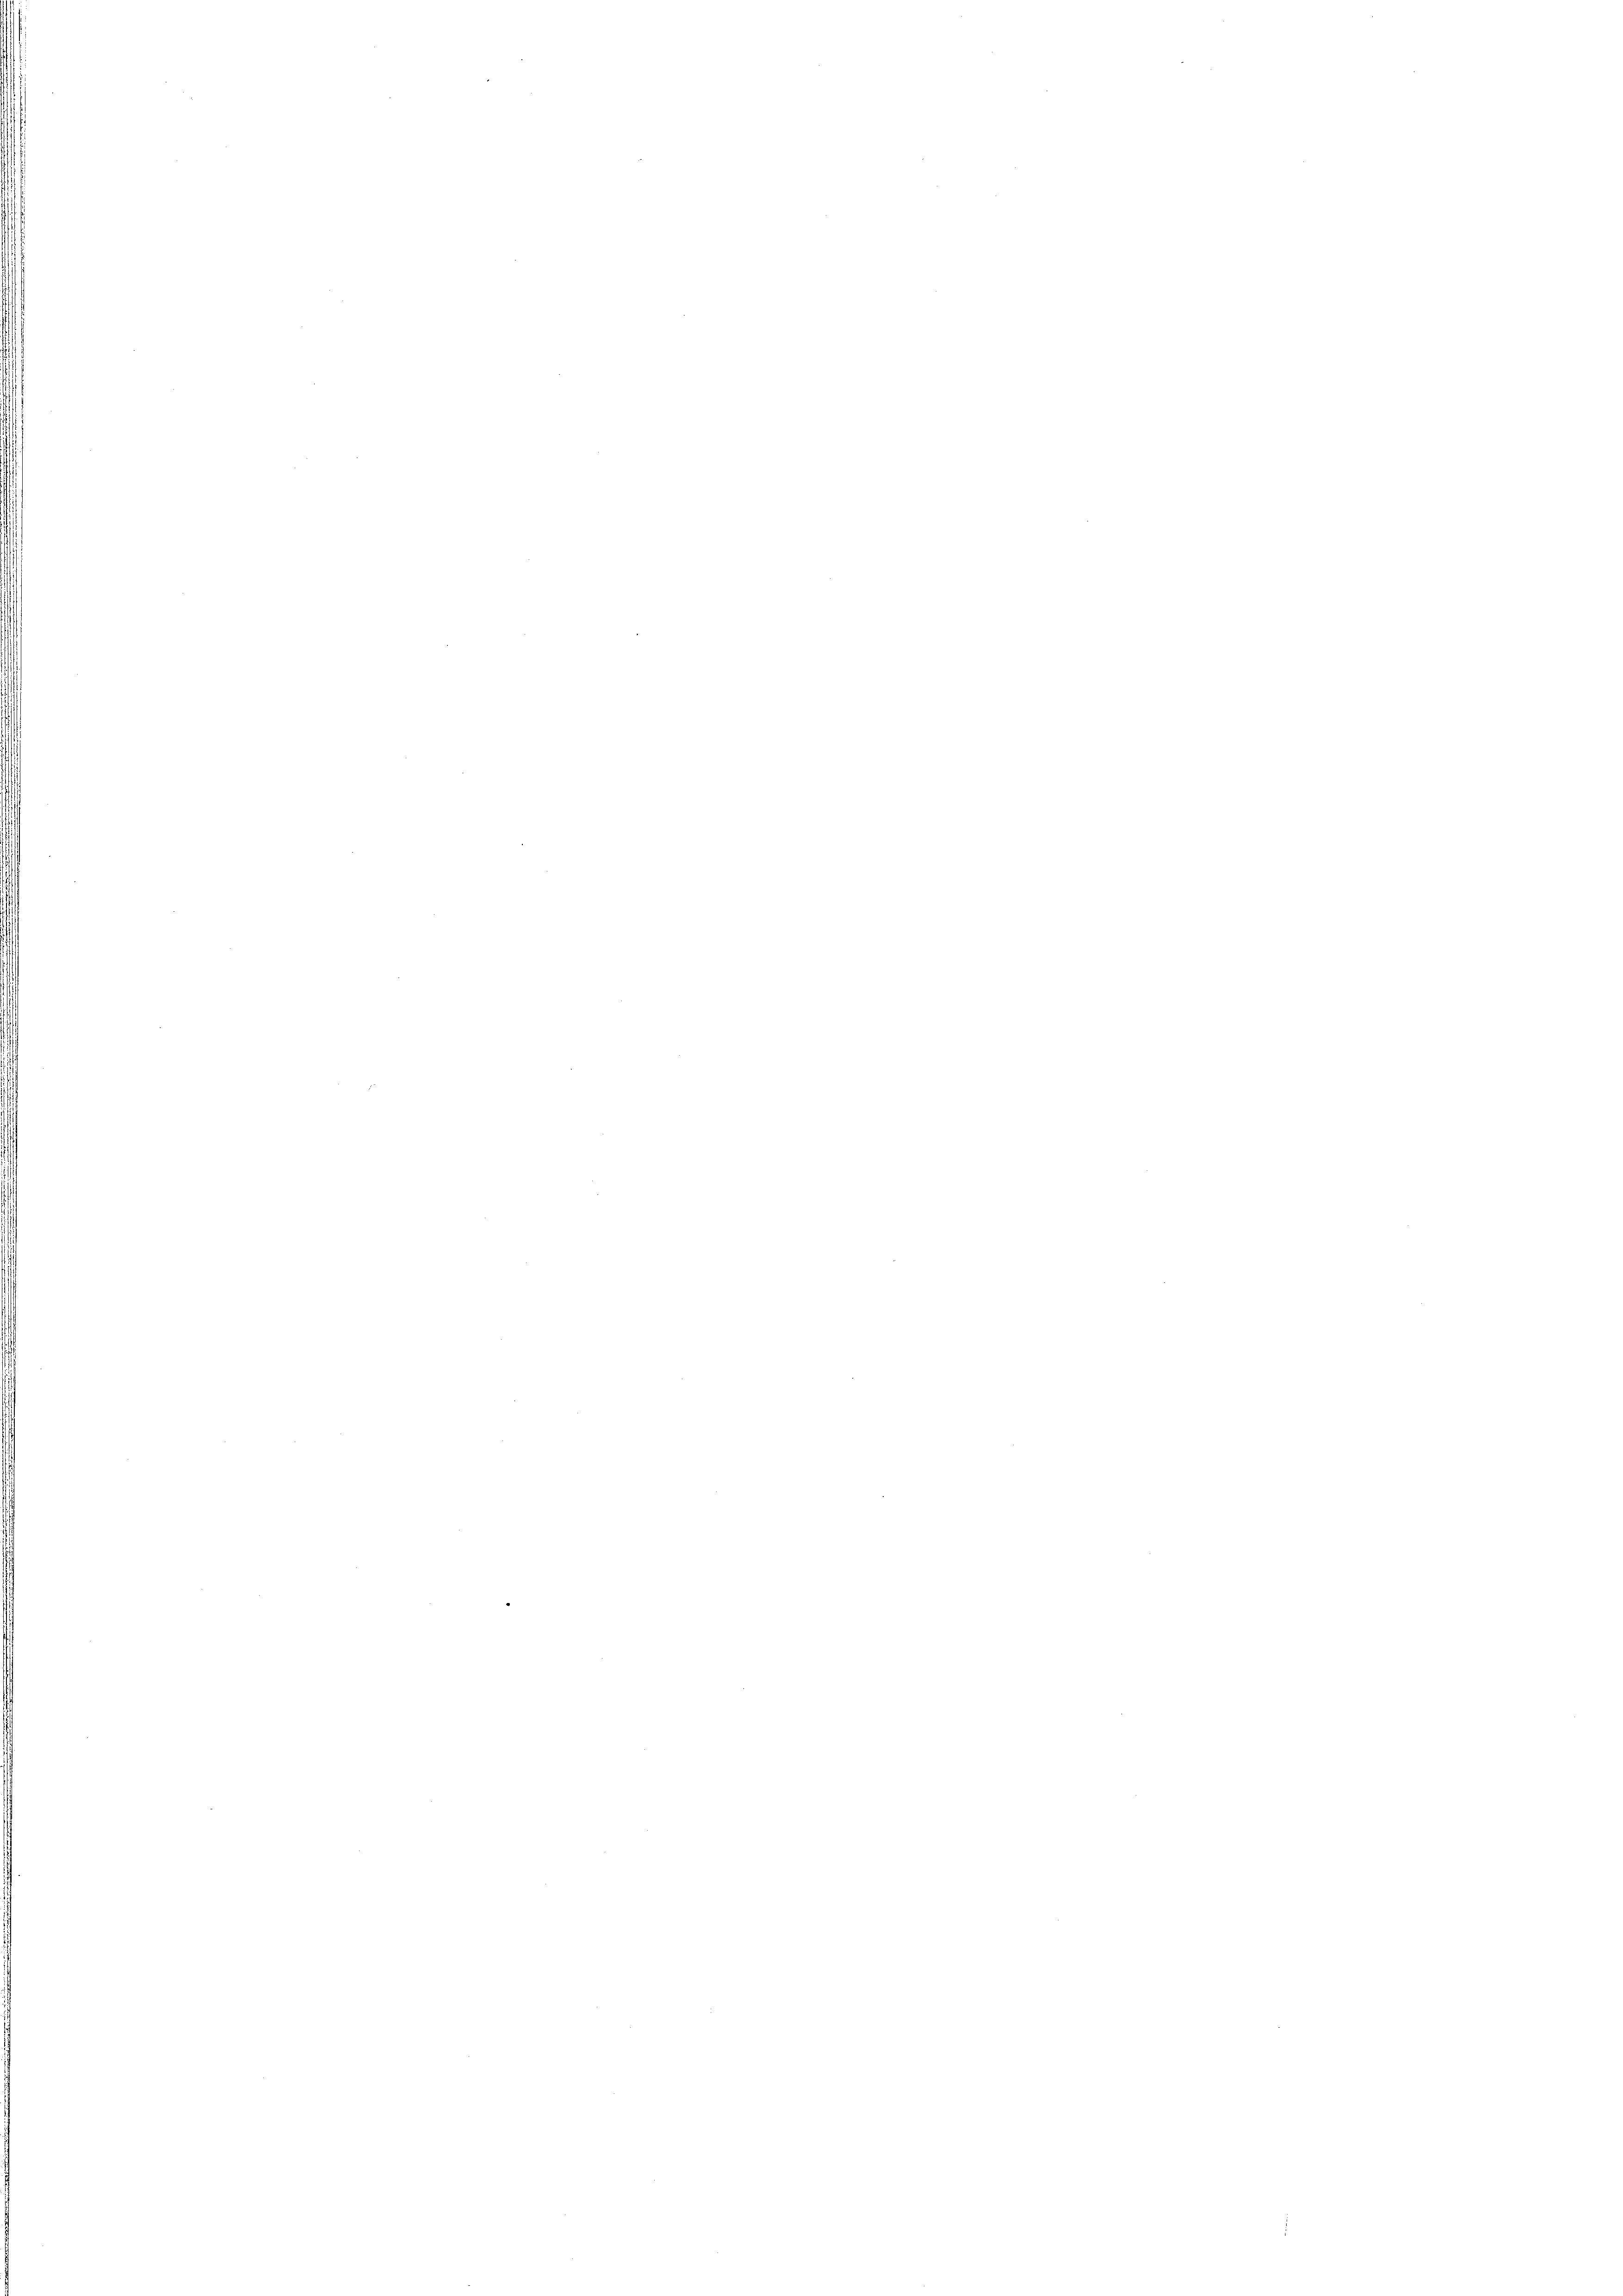
s